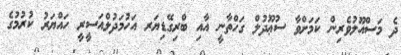
ދެ މަސްއޫލުވެރިން ކަމަށްވާ ސުޢޫދުލް ގަހްތާނީ އާއި ބްރިގޭޑިޔަރ އަހުމަދުލްއަސީރީ ހައްޔަރު ކުރުމުގެ